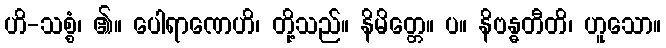
ဟိ-သစ္စံ၊ ၏။ ပေါရာဏေဟိ၊ တို့သည်။ နိမိတ္တေ။ ပ။ နိဗန္ဓတီတိ၊ ဟူသော။